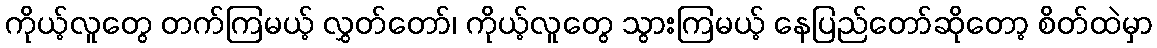
ကိုယ့်လူတွေ တက်ကြမယ့် လွှတ်တော်၊ ကိုယ့်လူတွေ သွားကြမယ့် နေပြည်တော်ဆိုတော့ စိတ်ထဲမှာ